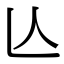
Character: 亾